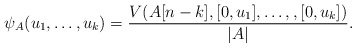
\begin{align*}\psi_A(u_1, \dots, u_k)=\frac{V(A[n-k],[0,u_1],\dots, ,[0,u_k])}{|A|}.\end{align*}